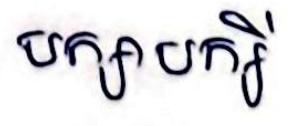
បក្សាបក្សី